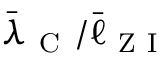
\bar { \lambda } _ { \mathrm { ~ C ~ } } / \bar { \ell } _ { \mathrm { ~ Z ~ I ~ } }